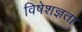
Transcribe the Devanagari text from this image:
विषेशज्ञता